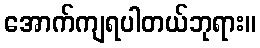
အောက်ကျရပါတယ်ဘုရား။